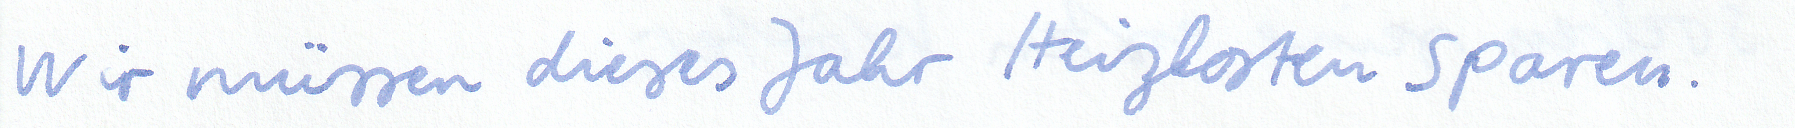
Wir müssen dieses Jahr Heizkosten sparen.